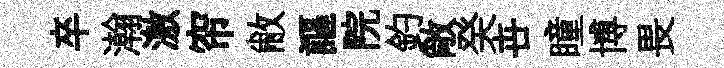
卒瀚激帘敝謳院釣敞癸卋瞳博畏